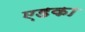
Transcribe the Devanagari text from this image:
एडका